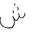
Letter: _shin